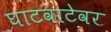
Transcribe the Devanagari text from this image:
घाटवाटेवर